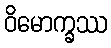
ဝိမောက္ခဿ